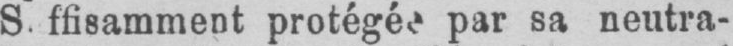
protégée par sa neutra-